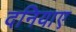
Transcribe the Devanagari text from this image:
दनियाए